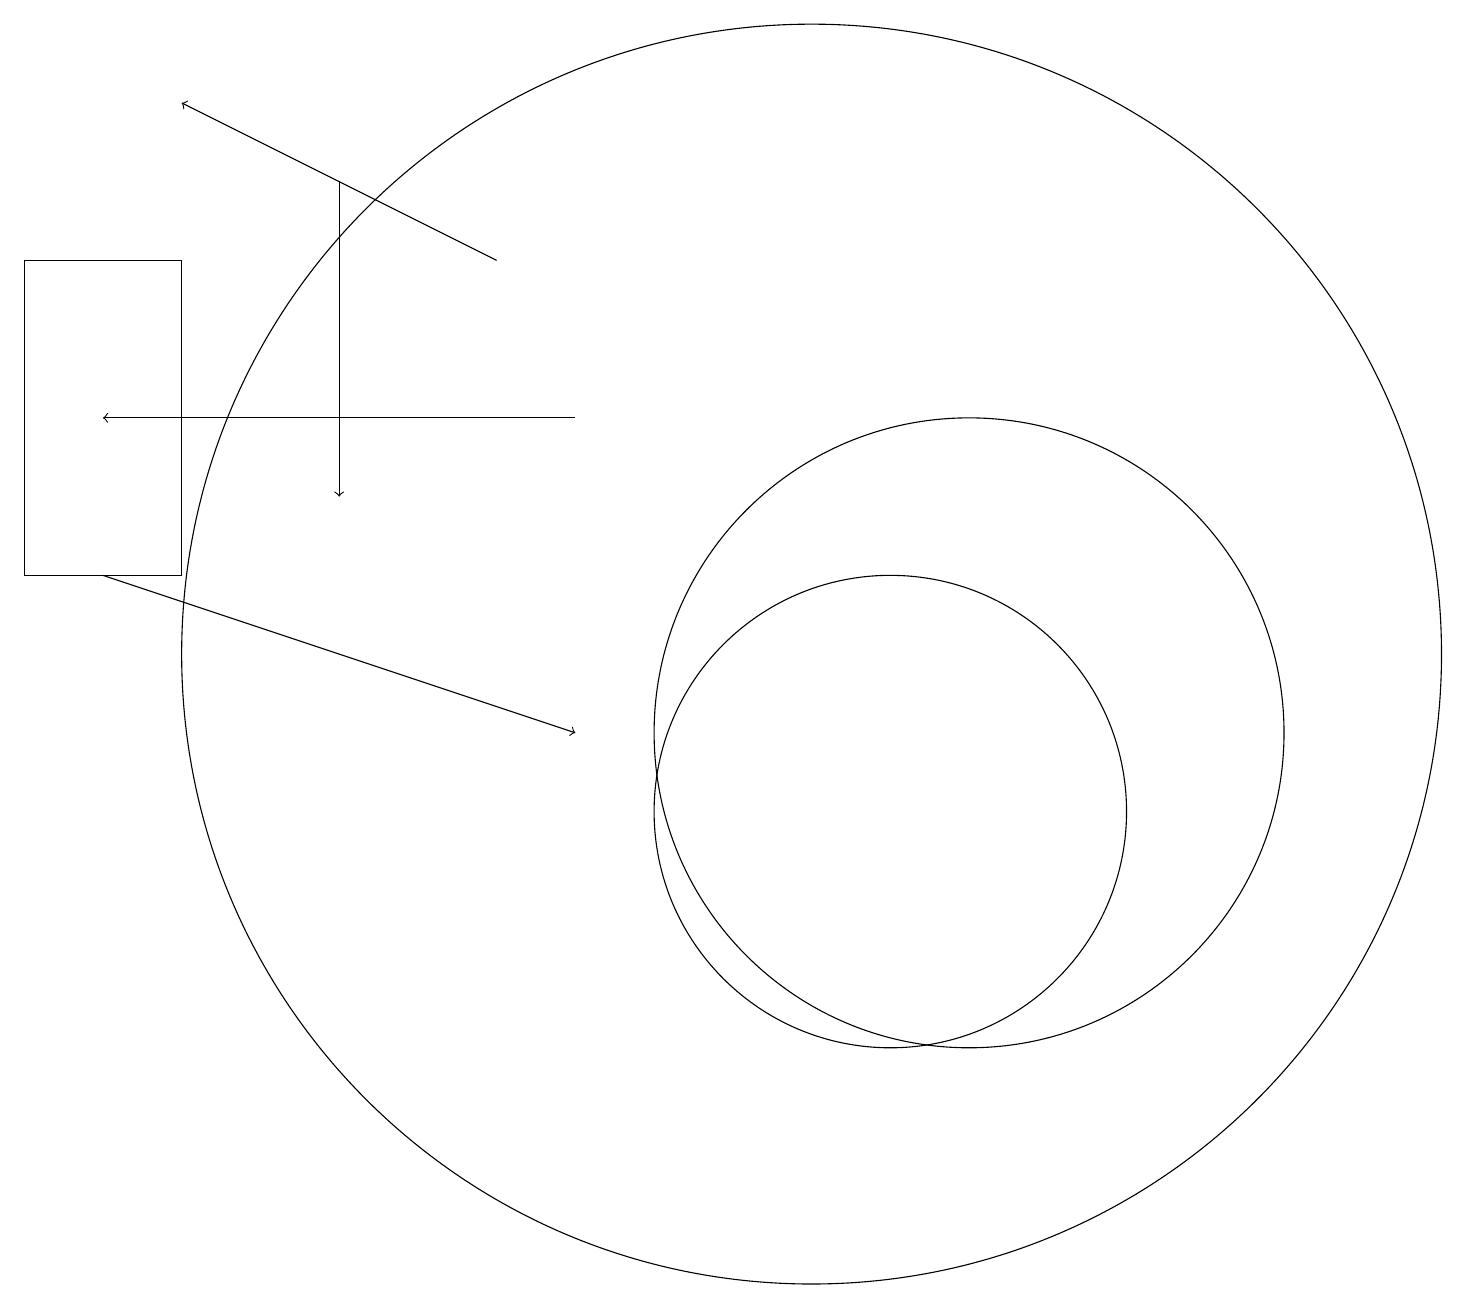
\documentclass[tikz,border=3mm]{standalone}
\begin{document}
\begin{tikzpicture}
\draw[->] (7,15) -- (1,15);
\draw[->] (4,18) -- (4,14);
\draw (12,11) circle (4);
\draw (11,10) circle (3);
\draw[->] (1,13) -- (7,11);
\draw (10,12) circle (8);
\draw (0,13) rectangle (2,17);
\draw[->] (6,17) -- (2,19);
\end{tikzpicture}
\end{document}